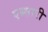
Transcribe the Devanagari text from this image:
एब्सारी